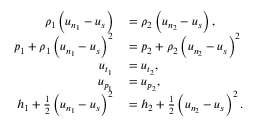
\begin{array} { r l } { \rho _ { 1 } \left( u _ { n _ { 1 } } - u _ { s } \right) } & { { } = \rho _ { 2 } \left( u _ { n _ { 2 } } - u _ { s } \right) , } \\ { p _ { 1 } + \rho _ { 1 } \left( u _ { n _ { 1 } } - u _ { s } \right) ^ { 2 } } & { { } = p _ { 2 } + \rho _ { 2 } \left( u _ { n _ { 2 } } - u _ { s } \right) ^ { 2 } } \\ { u _ { t _ { 1 } } } & { { } = u _ { t _ { 2 } } , } \\ { u _ { p _ { 1 } } } & { { } = u _ { p _ { 2 } } , } \\ { h _ { 1 } + \frac { 1 } { 2 } \left( u _ { n _ { 1 } } - u _ { s } \right) ^ { 2 } } & { { } = h _ { 2 } + \frac { 1 } { 2 } \left( u _ { n _ { 2 } } - u _ { s } \right) ^ { 2 } . } \end{array}